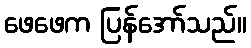
ဖေဖေက ပြန်အော်သည်။